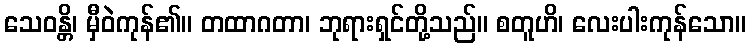
သေဝန္တိ၊ မှီဝဲကုန်၏။ တထာဂတာ၊ ဘုရားရှင်တို့သည်။ စတူဟိ၊ လေးပါးကုန်သော။